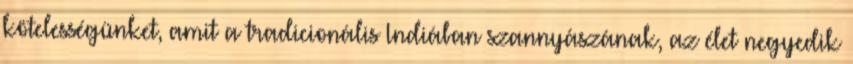
kötelességünket, amit a tradicionális Indiában szannyászának, az élet negyedik